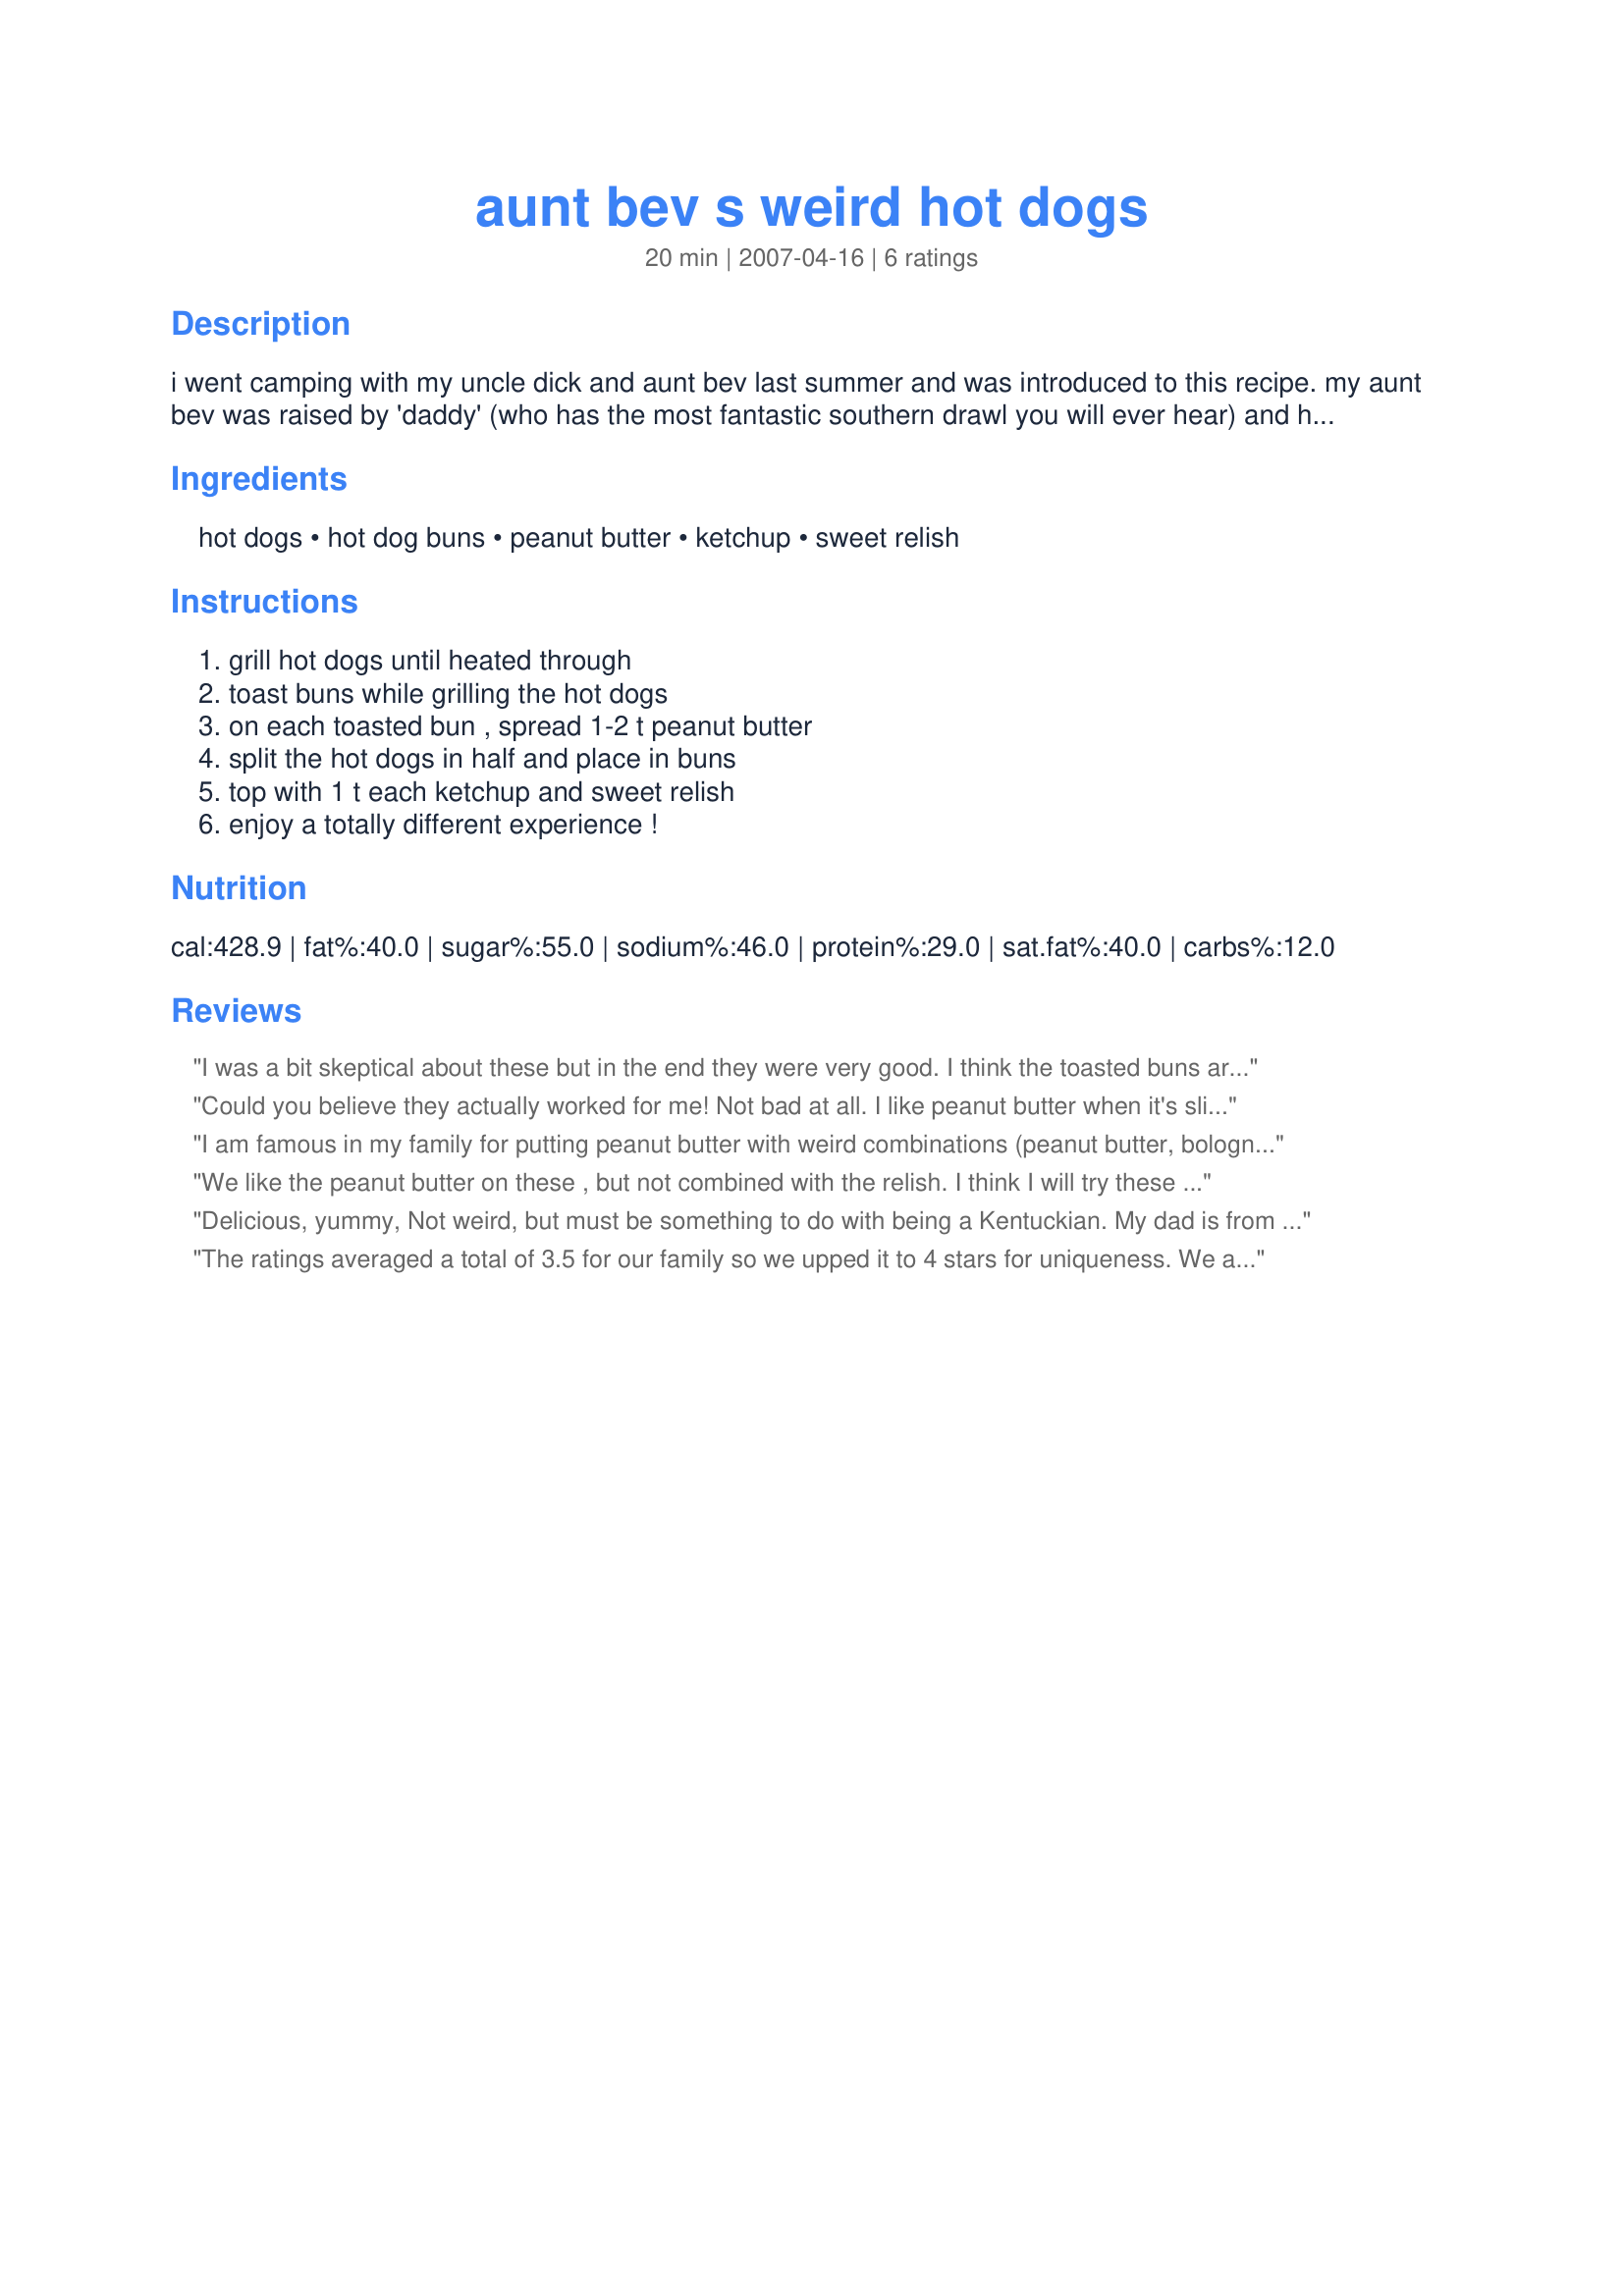
aunt bev s weird hot dogs
Preparation time: 20 minutes

i went camping with my uncle dick and aunt bev last summer and was introduced to this recipe. my aunt bev was raised by 'daddy' (who has the most fantastic southern drawl you will ever hear) and her mom (heaven now has a perfect angel looking down on all of us. ) this is how her family ate their hot dogs. when my uncle first told me about them i looked at him and said, "there is no way those can be good! that's crazy!" guess what was for dinner that night? aunt bev's "weird" hot dogs. because i love her and didn't want to offend her, i tried them. love 'em! this is definitely a recipe for someone who is willing to try different things. ;)

Ingredients:
hot dogs, hot dog buns, peanut butter, ketchup, sweet relish

Steps:
grill hot dogs until heated through, toast buns while grilling the hot dogs, on each toasted bun , spread 1-2 t peanut butter, split the hot dogs in half and place in buns, top with 1 t each ketchup and sweet relish, enjoy a totally different experience !

Reviews:
I was a bit skeptical about these but in the end they were very good. I think the toasted buns are key as it makes for a nice crispy bite into this really good hot dog!
Could you believe they actually worked for me! Not bad at all. I like peanut butter when it's slightly melted, but I did use a little less than 1/2 a cup. I also used a little more sweet relish, just because I ahve a love affair with sweet relish on hot dogs and hamburgers.
I am famous in my family for putting peanut butter with weird combinations (peanut butter, bologna, cheese, mayo, ketchup, lettuce etc) on sandwiches so when I saw this recipe I just had to tag it. It really does taste great together. Thank you for adding a new weird recipe to my collection.
We like the peanut butter on these , but not combined with the relish. I think I will try these again, but with less relish though. These are worth retrying though. Made for PRMR tag.
Delicious, yummy, Not weird, but must be something to do with being a Kentuckian. My dad is from Covington, Kentucky and this was one of his family's favorites, second to peanut butter and dill pickle sandwiches and a PBLT. Now they're my family favorites. Check out Thatbobbiegirl Recipe #25625. You're in good company.
The ratings averaged a total of 3.5 for our family so we upped it to 4 stars for uniqueness. We all agree that the peanut butter goes well with the hot dogs, but definitely not the relish. Otherwise, this has a very unique and wonderful flavor.Thanks for posting.
